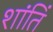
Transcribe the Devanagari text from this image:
शांतिं